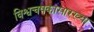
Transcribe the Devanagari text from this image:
विश्वचषकासारख्या